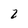
Character: 2